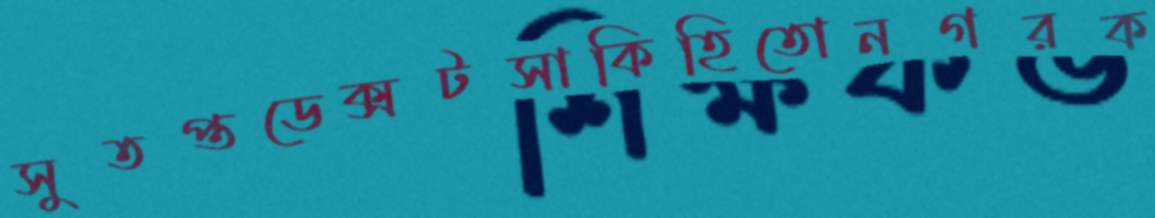
সুতপ্তডেক্সটসাকিহিতোনগরক